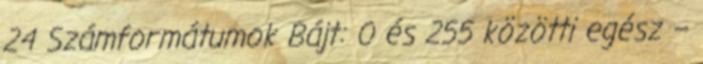
24 Számformátumok Bájt: 0 és 255 közötti egész –